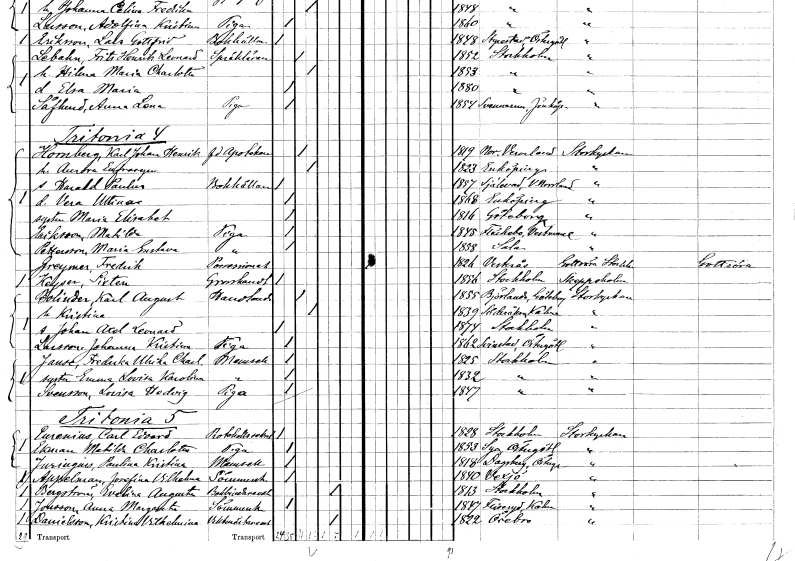
gt_parse: households: individuals: FN: Karl Johan Henrik
EN: Hornberg
YRKE: Apotekare f.d.
KON: M
CIV: G
FODAR: 1819
FODFORS: Nor Värmlands län
FN: Aurora Eofrosyne
KON: K
CIV: G
FODAR: 1823
FODFORS: Enköping Uppsala län
FN: Harald Paulus
YRKE: Bokhållare
KON: M
CIV: O
FODAR: 1857
FODFORS: Själevad Västernorrlands län
FN: Vera Ulltima
KON: K
CIV: O
FODAR: 1868
FODFORS: Enköping Uppsala län
FN: Maria Elisabet
KON: K
CIV: O
FODAR: 1816
FODFORS: Göteborg Göteborgs- och Bohuslän
FN: Matilda
EN: Eriksson
YRKE: Piga
KON: K
CIV: O
FODAR: 1845
FODFORS: Fläckebo Västmanlands län
FN: Maria Gustava
EN: Pettersson
YRKE: Piga
KON: K
CIV: O
FODAR: 1858
FODFORS: Sala Västmanlands län
FN: Fredrik
EN: Greyman
YRKE: Possessionat
KON: M
CIV: O
FODAR: 1826
FODFORS: Västerås Västmanlands län
FN: Sixten
EN: Kayser
YRKE: Grosshandlare
KON: M
CIV: O
FODAR: 1856
FODFORS: Stockholm
FN: Karl August
EN: Bolinder
YRKE: Handlande
KON: M
CIV: G
FODAR: 1855
FODFORS: Björlanda Göteborgs- och Bohuslän
FN: Kristina
KON: K
CIV: G
FODAR: 1839
FODFORS: Söderåkra Kalmar län
FN: Johan Axel Leonard
KON: M
CIV: O
FODAR: 1874
FODFORS: Stockholm
FN: Johanna Kristina
EN: Larsson
YRKE: Piga
KON: K
CIV: O
FODAR: 1862
FODFORS: Svinstad Östergötlands län
FN: Fredrika Ulrika Charlotta
EN: Jause
KON: K
CIV: O
FODAR: 1825
FODFORS: Stockholm
FN: Emma Lovisa Karolina
KON: K
CIV: O
FODAR: 1832
FODFORS: Stockholm
FN: Lovisa Hedvig
EN: Svensson
YRKE: Piga
KON: K
CIV: O
FODAR: 1847
FODFORS: Stockholm
FN: Carl Edvard
EN: Eurenius
YRKE: Protokollsekreterare
KON: M
CIV: O
FODAR: 1828
FODFORS: Stockholm
FN: Matilda Charlotta
EN: Ekman
YRKE: Piga
KON: K
CIV: O
FODAR: 1852
FODFORS: Sya Östergötlands län
FN: Paulina Kristina
EN: Juringius
KON: K
CIV: O
FODAR: 1818
FODFORS: Dagsberg Östergötlands län
FN: Josefina Vilhelmina
EN: Appelman
YRKE: Sömmerska
KON: K
CIV: O
FODAR: 1840
FODFORS: Växjö Kronobergs län
FN: Evelina Augusta
EN: Bergström
YRKE: Bokbinderska
KON: K
CIV: E
FODAR: 1813
FODFORS: Stockholm
FN: Anna Margareta
EN: Jonsson
YRKE: Sömmerska
KON: K
CIV: O
FODAR: 1847
FODFORS: Fliseryd Kalmar län
FN: Kristina Vilhelmina
EN: Danielsson
YRKE: Vaktmästareänka
KON: K
CIV: E
FODAR: 1822
FODFORS: Örebro Örebro län